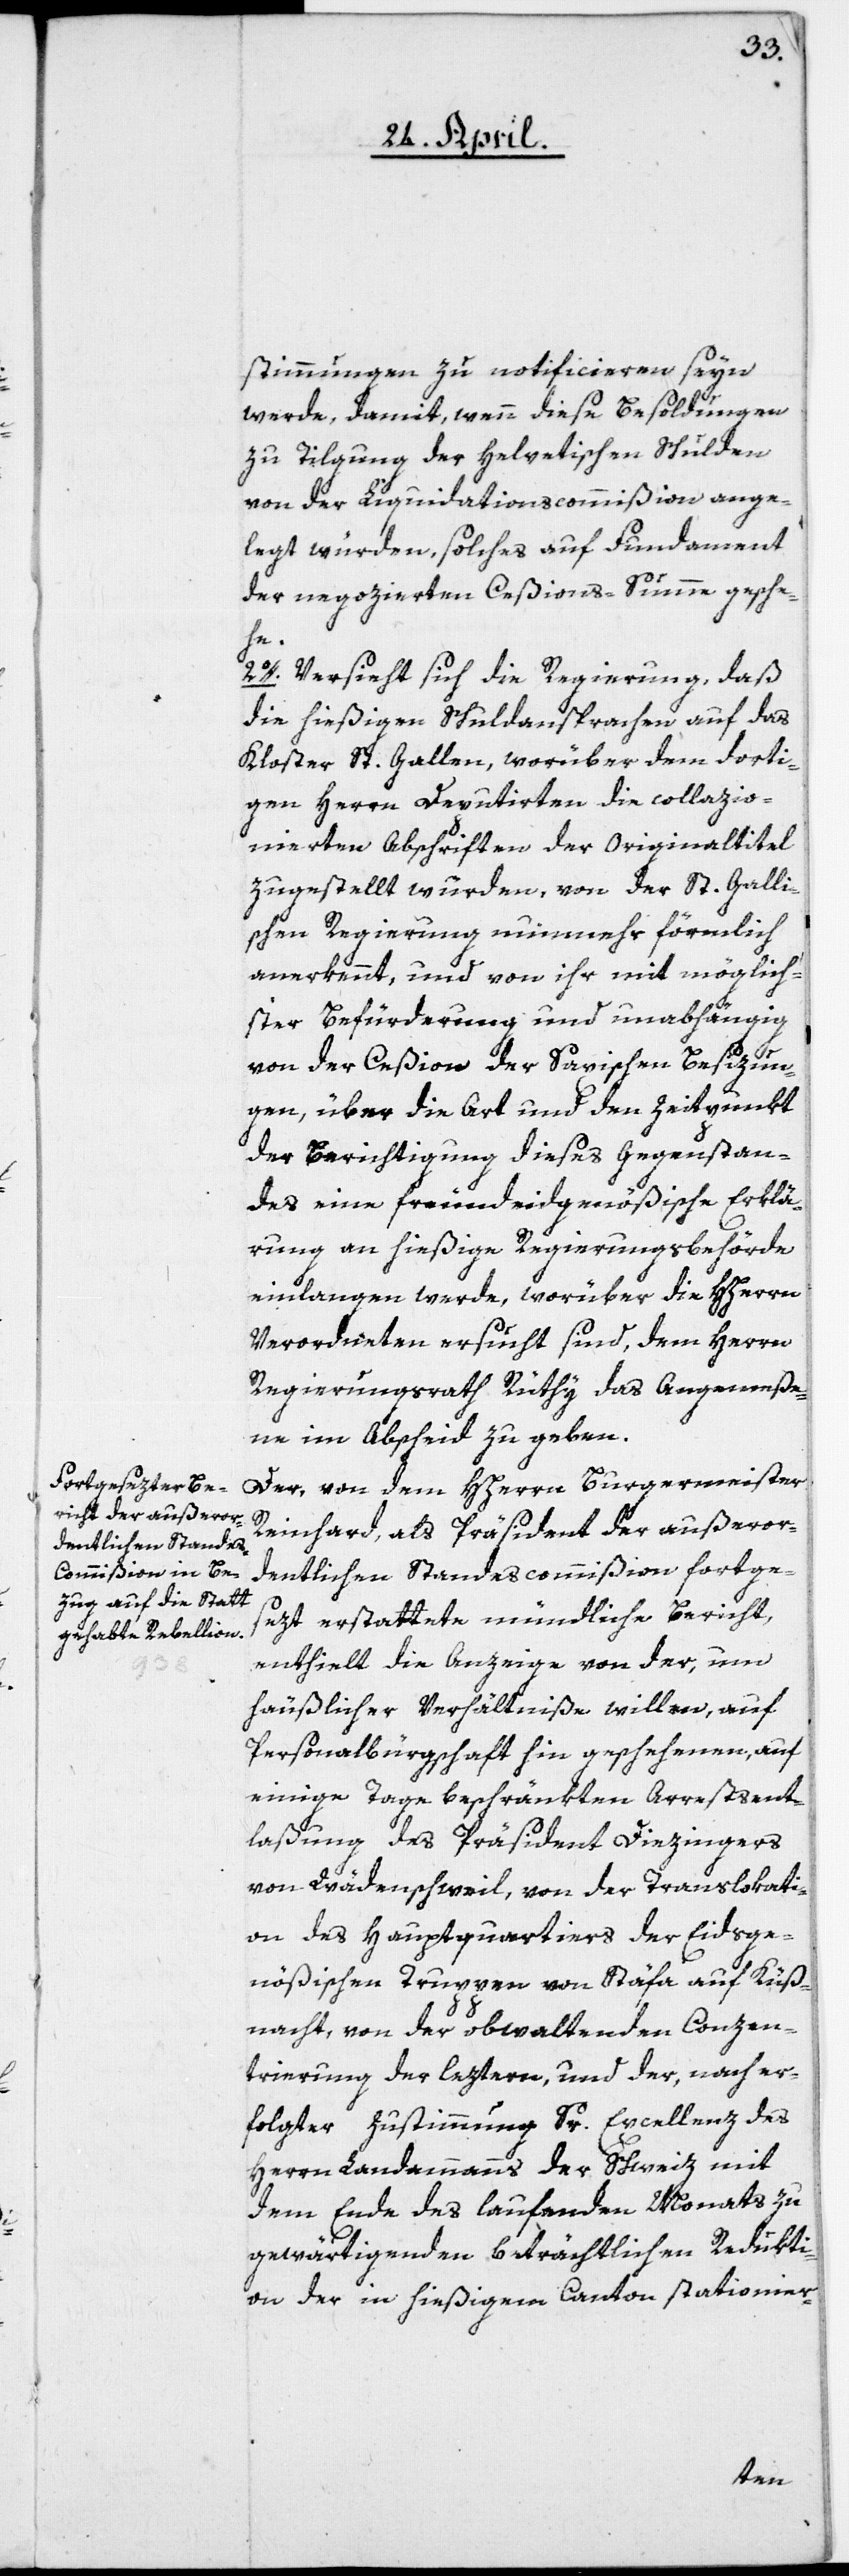
stimmungen zu notificieren seyn
werde, damit, wenn diese Besoldungen
zu Tilgung der helvetischen Schulden
von der Liquidationscommißion ange¬
legt würden, solches auf Fundament
der negozierten Ceßions-Summe gesche¬
he.
2o. Versieht sich die Regierung, daß
die hießigen Schuldansprachen auf das
Kloster St. Gallen, worüber dem dorti¬
gen Herrn Deputirten die collazio¬
nierten Abschriften der Originaltitel
zugestellt wurden, von der St. Galli¬
schen Regierung nunmehr förmlich
anerkennt, und von ihr mit möglich¬
ster Befürderung und unabhängig
von der Ceßion der Saxischen Besizun¬
gen, über die Art und den Zeitpunkt
der Berichtigung dieses Gegenstan¬
des eine freundeidgenößische Erklä¬
rung an hießige Regierungsbehörde
einlangen werde, worüber die HHerrn
Verordneten ersucht sind, dem Herrn
Regierungsrath Rüthy das Angemeße¬
ne im Abscheid zu geben.
Der von dem HHerrn Burgermeister
Reinhard, als Präsident der außeror¬
dentlichen Standescommißion fortge¬
sezt erstattete mündliche Bericht,
enthielt die Anzeige von der, um
häuslicher Verhältniße willen, auf
Personalbürgschaft hin geschehenen, auf
einige Tage beschränkten Arrestsent¬
laßung des Präsident Diezingers
von Wädenschweil, von der Translokati¬
on des Hauptquartiers der Eidsge¬
nößischen Truppen von Stäfa auf Küß¬
nacht, von der obwaltenden Conzen¬
trierung der leztern, und der, nach er¬
folgter Zustimmung Sr. Excellenz des
Herrn Landammanns der Schweiz mit
dem Ende des laufenden Monats zu
gewärtigenden beträchtlichen Redukti¬
on der in hießigem Canton stationier-